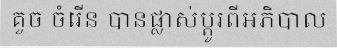
គួច ចំរើន បានផ្លាស់ប្តូរពីអភិបាល